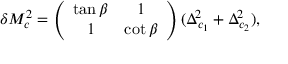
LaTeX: \delta M _ { c } ^ { 2 } = \left( \begin{array} { c c } { { \tan \beta } } & { { 1 } } \\ { { 1 } } & { { \cot \beta } } \end{array} \right) ( \Delta _ { c _ { 1 } } ^ { 2 } + \Delta _ { c _ { 2 } } ^ { 2 } ) ,